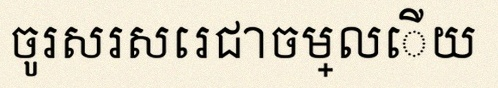
ចូរសរសេរជាចម្លើយ